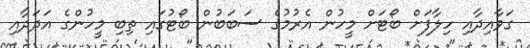
ގަވާއިދާއި ހިލާފަށް ބޯޓަށް މީހުން އެރުމުގެ ސަބަބުން ބޯޓުގައި ތިބި މީހުންގެ އަދަދާއި